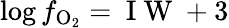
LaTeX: \log f_{\mathrm{O_{2}}}=\mathrm{~I~W~}+3